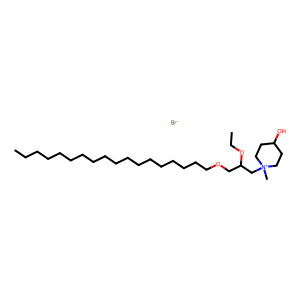
SMILES: CCCCCCCCCCCCCCCCCCOCC(C[N+]1(C)CCC(O)CC1)OCC.[Br-]
Inhibits HIV replication: No